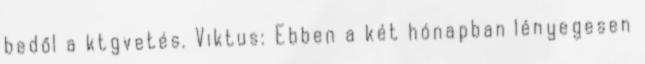
bedől a ktgvetés. Viktus: Ebben a két hónapban lényegesen